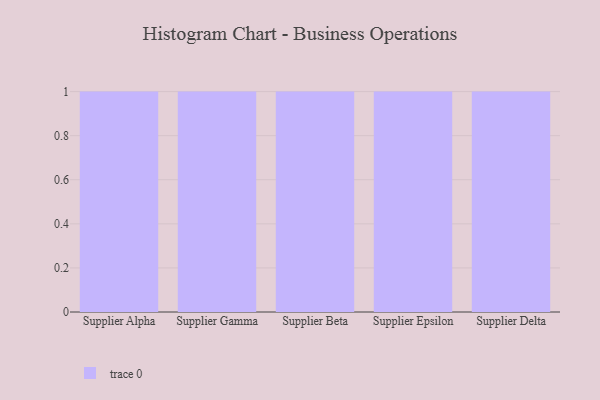
{"axis": {"x": "Supplier", "y": "Production Output"}, "legend": [""], "data": [{"x": "Supplier Alpha", "y": 32, "type": ""}, {"x": "Supplier Gamma", "y": 55, "type": ""}, {"x": "Supplier Beta", "y": 31, "type": ""}, {"x": "Supplier Epsilon", "y": 91, "type": ""}, {"x": "Supplier Delta", "y": 20, "type": ""}]}